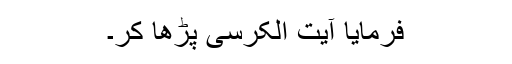
فرمایا آیت الکرسی پڑھا کر۔